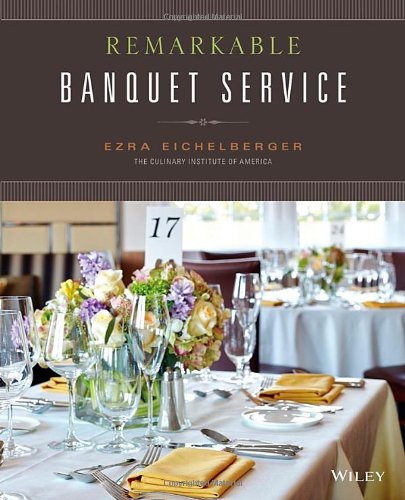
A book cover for Remarkable Banquet Service; Ezra Eichelberger; Cookbooks, Food & Wine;